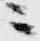
ニ